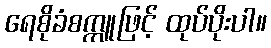
ရေစိုခံစက္ကူဖြင့် ထုပ်ပိုးပါ။